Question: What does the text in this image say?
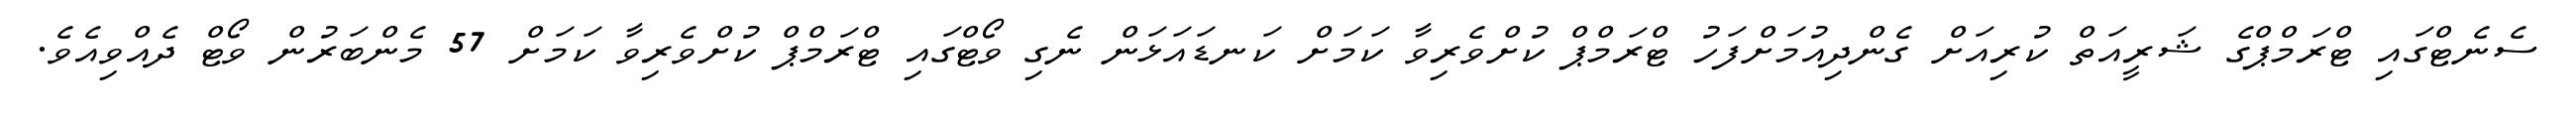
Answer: ސެނެޓްގައި ޓްރަމްޕްގެ ޝަރީއަތް ކުރިއަށް ގެންދިއުމަށްފަހު ޓްރަމްޕް ކުށްވެރިވާ ކަމަށް ކަނޑައަޅަން ނެގި ވޯޓްގައި ޓްރަމްޕް ކުށްވެރިވާ ކަމަށް 57 މެންބަރުން ވޯޓް ދެއްވިއެވެ.